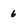
Character: 6